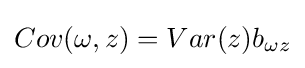
Cov(\omega ,z)=Var(z)b_{\omega z}